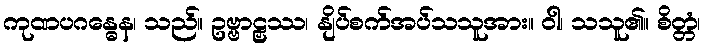
ကုဏပဂန္ဓေန၊ သည်။ ဥဗ္ဗာဠှဿ၊ နျိပ်စက်အပ်သသူအား။ ဝါ၊ သသူ၏။ စိတ္တံ၊